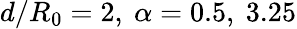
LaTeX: d/R_{0}=2,\ \alpha=0.5,\ 3.25